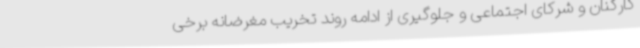
کارکنان و شرکای اجتماعی و جلوگیری از ادامه روند تخریب مغرضانه برخی